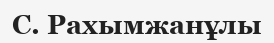
С. Рахымжанұлы